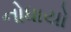
નોધાયો